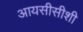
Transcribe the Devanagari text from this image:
आयसीसीशी